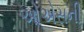
ઓએસની